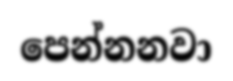
පෙන්නනවා